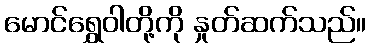
မောင်ရွှေဝါတို့ကို နှုတ်ဆက်သည်။